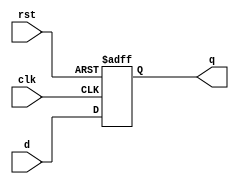
`timescale 1ns / 1ps
//////////////////////////////////////////////////////////////////////////////////
// Company: 
// Engineer: 
// 
// Design Name: 
// Module Name: d_flip_flop
// Project Name: 
// Target Devices: 
// Tool Versions: 
// Description: 
// 
// Dependencies: 
// 
// Revision:
// Revision 0.01 - File Created
// Additional Comments:
// 
//////////////////////////////////////////////////////////////////////////////////


module d_flip_flop(
    input d,
    input clk,
    input rst,
    output reg q
    );

/*
always@(posedge rst) begin
    //if(rst)
    q <= 0;
end

always@(posedge clk) begin
    //if(!rst)
    q <= d;
        //$monitor("[%0t] d=%0b, q=%0b", $time, d, q);
end
*/

always @(posedge clk or posedge rst) 
begin
    if(rst==1'b1)
        q <= 1'b0; 
    else 
        q <= d; 
end 

endmodule